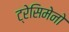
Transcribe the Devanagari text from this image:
ट्रेसिमेनो